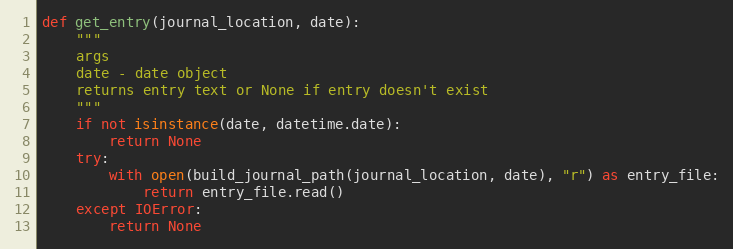
Language: Python
def get_entry(journal_location, date):
    """
    args
    date - date object
    returns entry text or None if entry doesn't exist
    """
    if not isinstance(date, datetime.date):
        return None
    try:
        with open(build_journal_path(journal_location, date), "r") as entry_file:
            return entry_file.read()
    except IOError:
        return None